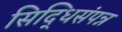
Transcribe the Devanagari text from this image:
सिद्धिसंपन्न